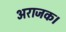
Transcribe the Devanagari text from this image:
अराजक।